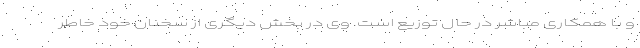
و با همکاری مباشر در حال توزیع است. وی در بخش دیگری از سخنان خود خاطر